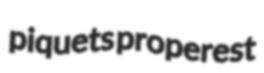
piquets properest